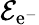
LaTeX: \mathcal{E}_{\mathrm{e}^{-}}